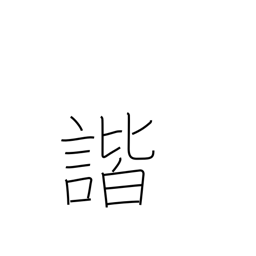
Meaning: harmony